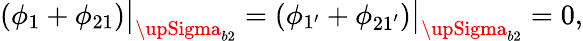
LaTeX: \left(\phi_{1}+\phi_{21}\right)\big|_{{\upSigma}_{b2}}=\left(\phi_{1^{\prime}}+\phi_{21^{\prime}}\right)\big|_{{\upSigma}_{b2}}=0,